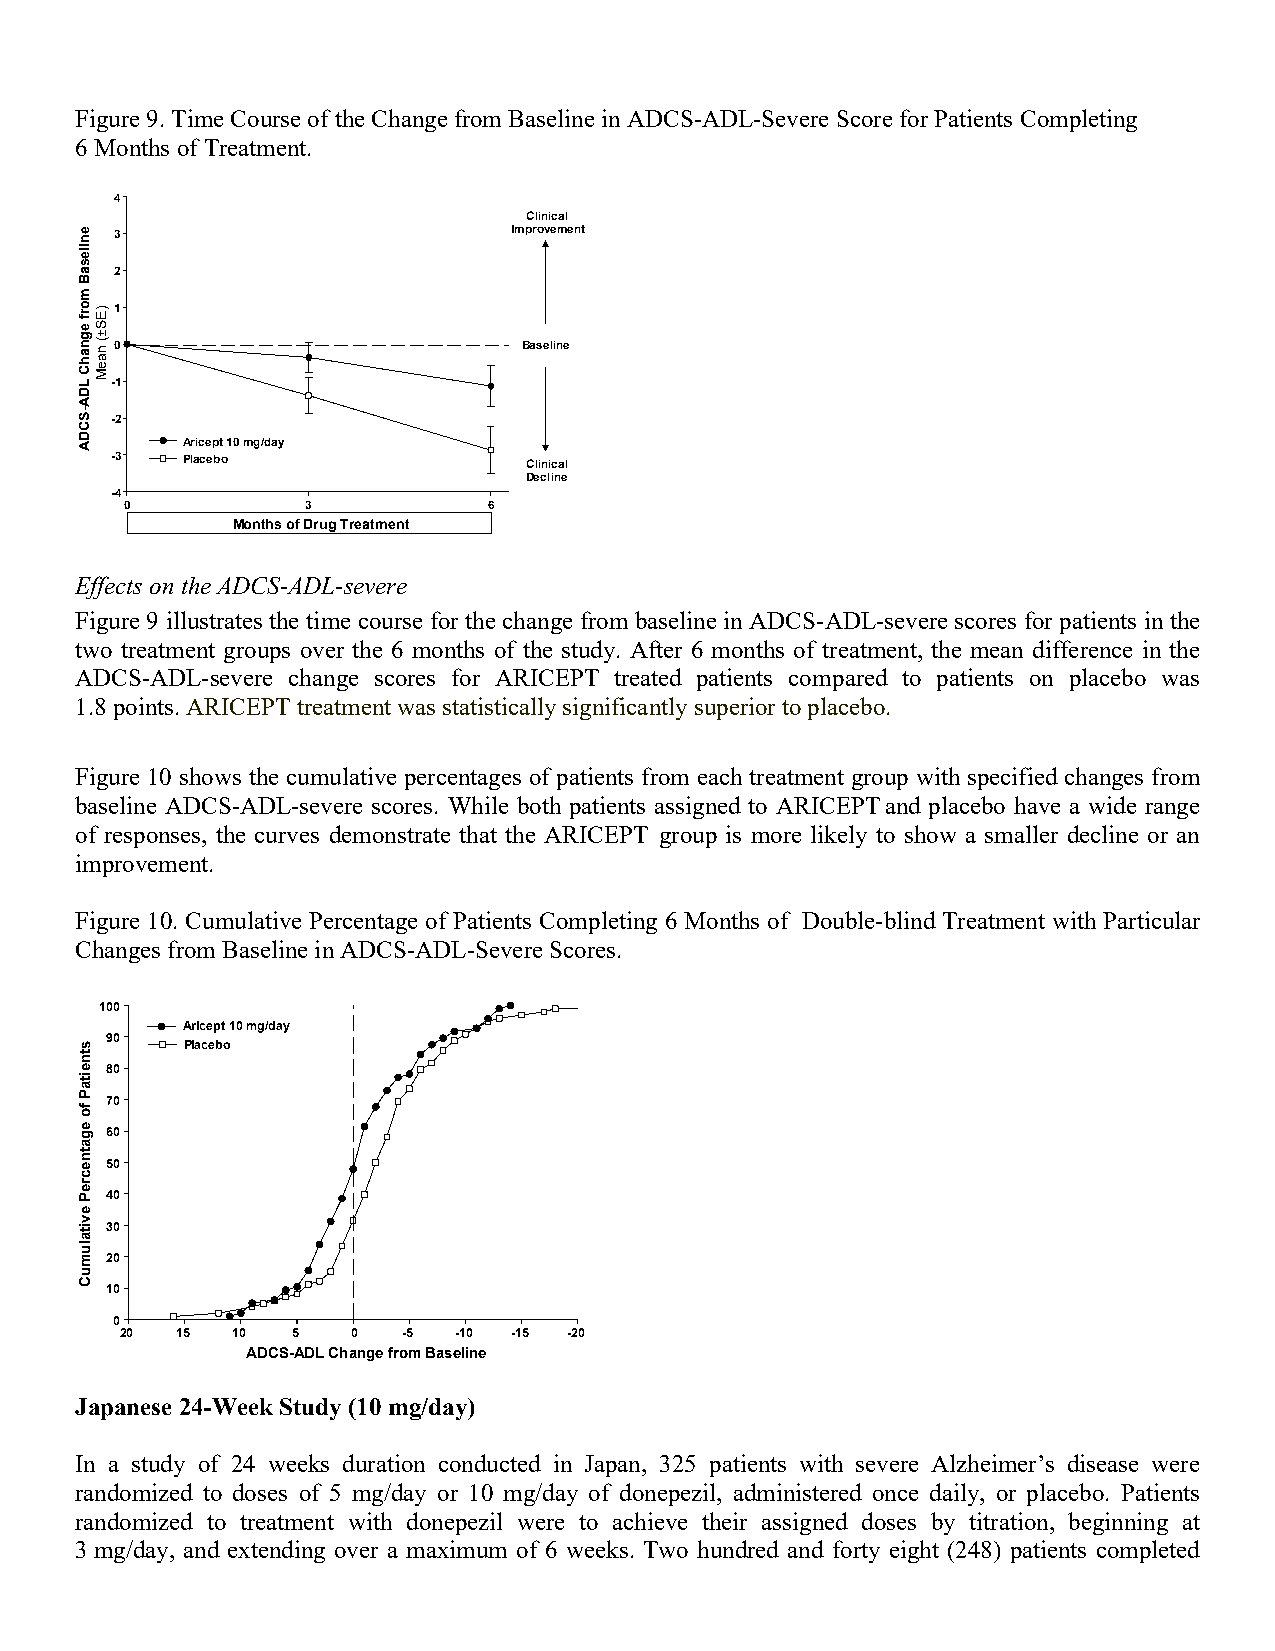
Figure 9. Time Course of the Change from Baseline in ADCS-ADL-Severe Score for Patients Completing
 6 Months of Treatment.
 44
 CClliinniiccaall
 33                        IImmpprroovveemmeenntt
 22
 11
 00                         BBaasseelliinnee
 --11
 --22
 AArriicceepptt 1100 mmgg//ddaayy
 --33 PPllaacceebboo         CClliinniiccaall
 DDeecclliinnee
 --44
 00          33          66
 MMoonntthhss ooff DDrruugg TTrreeaattmmeenntt
 Effects on the ADCS-ADL-severe
 Figure 9 illustrates the time course for the change from baseline in ADCS-ADL-severe scores for patients in the
 two treatment groups over the 6 months of the study. After 6 months of treatment, the mean difference in the
 ADCS-ADL-severe change scores for ARICEPT treated patients compared to patients on placebo was
 1.8 points. ARICEPT treatment was statistically significantly superior to placebo.
 Figure 10 shows the cumulative percentages of patients from each treatment group with specified changes from
 baseline ADCS-ADL-severe scores. While both patients assigned to ARICEPT and placebo have a wide range
 of responses, the curves demonstrate that the ARICEPT group is more likely to show a smaller decline or an
 improvement.
 Figure 10. Cumulative Percentage of Patients Completing 6 Months of Double-blind Treatment with Particular
 Changes from Baseline in ADCS-ADL-Severe Scores.
 110000
 AArriicceepptt 1100 mmgg//ddaayy
 9900
 PPllaacceebboo
 8800
 7700
 6600
 5500
 4400
 3300
 2200
 1100
 00
 2200 1155 1100 55 00 --55 --1100 --1155 --2200
 AADDCCSS--AADDLL CChhaannggee ffrroomm BBaasseelliinnee
 Japanese 24-Week Study (10 mg/day)
 In a study of 24 weeks duration conducted in Japan, 325 patients with severe Alzheimer’s disease were
 randomized to doses of 5 mg/day or 10 mg/day of donepezil, administered once daily, or placebo. Patients
 randomized to treatment with donepezil were to achieve their assigned doses by titration, beginning at
 3 mg/day, and extending over a maximum of 6 weeks. Two hundred and forty eight (248) patients completed
 eenniilleessaaBB
 mmoorrff
 eeggnnaahhCC
 LLDDAA--SSCCDDAA
 ssttnneeiittaaPP
 ffoo
 eeggaattnneeccrreePP
 eevviittaalluummuuCC
 ))EESS±±((
 nnaaeeMM